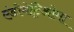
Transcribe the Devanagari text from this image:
एंडोमेट्रिओमा